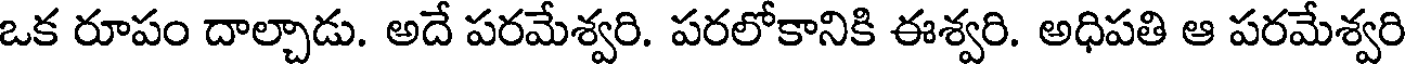
ఒక రూపం దాల్చాడు. అదే పరమేశ్వరి. పరలోకానికి ఈశ్వరి. అధిపతి ఆ పరమేశ్వరి